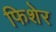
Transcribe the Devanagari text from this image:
फिशेर